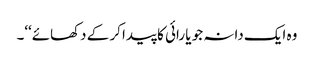
وہ ایک دانہ جو یا رائی کا پیدا کر کے دکھائے‘‘۔